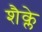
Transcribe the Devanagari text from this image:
शैक्ले